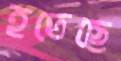
হতেছে